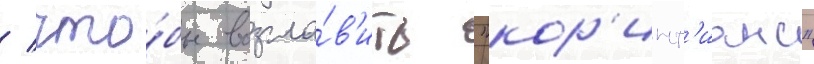
/ что́бы возгла́в'ить "кор'инт'ианс"